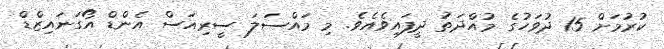
ކުރުމަށް 15 ދުވަހުގެ މުއްދަތު ދީފައިވެއެވެ. މި މައްސަލަ ސީރިއަސް އެންޑް އޯގަނައިޒްޑް